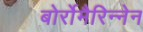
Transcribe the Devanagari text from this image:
बोर्रोमैरिन्नेन